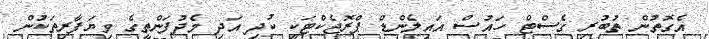
އެގޮތުން ތުބުރި ގެސްޓް ހައުސް އައިލެންޑް ޕްރޮޖެކްޓަކީ ކުދި އަދި މެދުފަންތީގެ ވިޔަފާރިތަކުން